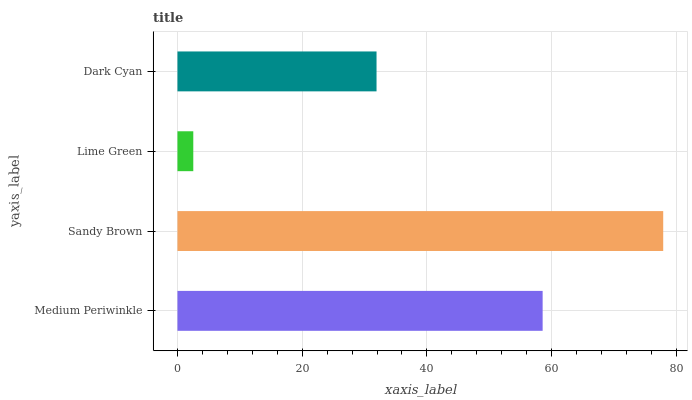
| yaxis_label | bars |
 | --- | --- |
 | Medium Periwinkle | 58.6 |
 | Sandy Brown | 77.9 |
 | Lime Green | 2.54 |
 | Dark Cyan | 31.9 |